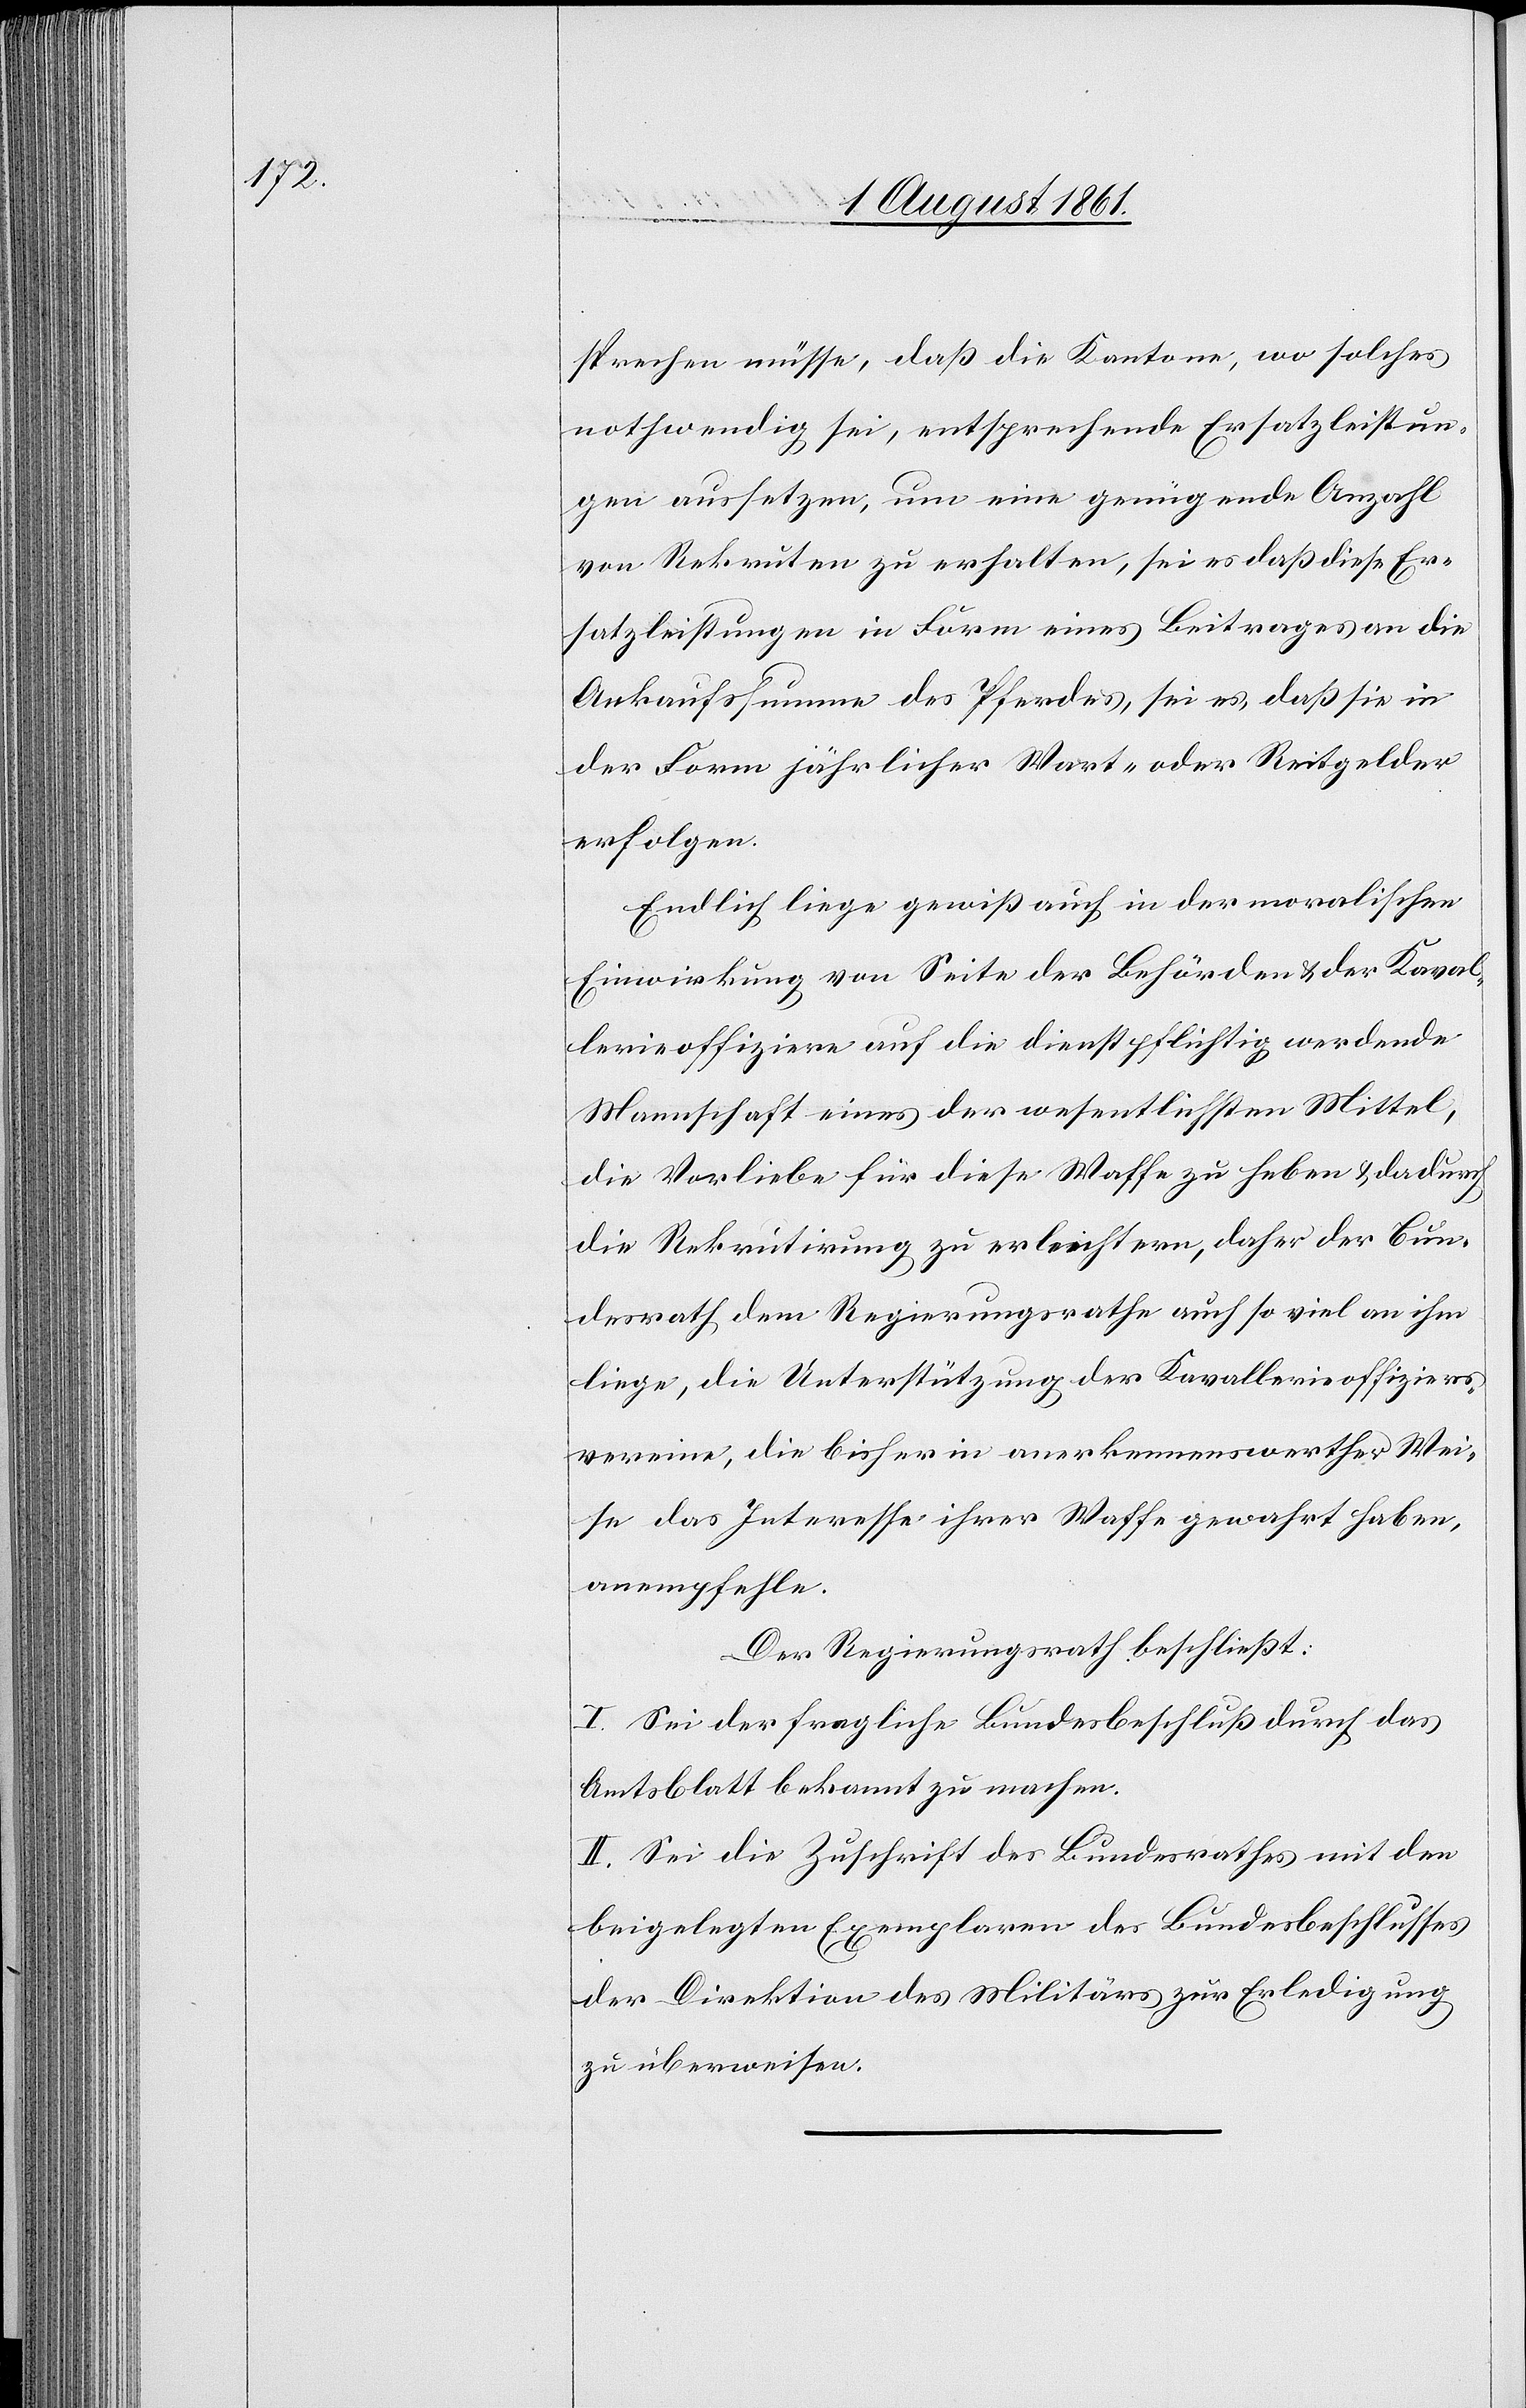
sprechen müsse, daß die Kantone, wo solches
nothwendig sei, entsprechende Ersatzleistun¬
gen aussetzen, um eine genügende Anzahl
von Rekruten zu erhalten, sei es daß diese Er¬
satzleistungen in Form eines Beitrages an die
Ankaufssumme des Pferdes, sei es, daß sie in
der Form jährlicher Wort- oder Reitgelder
erfolgen.
Endlich liege gewiß auch in der moralischen
Einwirkung von Seite der Behörden u. der Kaval¬
lerieoffiziere auf die dienstpflichtig werdende
Mannschaft eines der wesentlichsten Mittel,
die Vorliebe für diese Waffe zu heben u. dadurch
die Rekrutirung zu erleichtern, daher der Bun¬
desrath dem Regierungsrathe auch so viel an ihm
liege, die Unterstützung der Kavallerieoffiziers
vereine, die bisher in anerkennenswerther Wei¬
se das Interesse ihrer Waffe gewahrt haben,
anempfehle.
Der Regierungsrath beschließt:
I. Sei der fragliche Bundesbeschluß durch das
Amtsblatt bekannt zu machen.
II. Sei die Zuschrift des Bundesrathes mit den
beigelegten Exemplaren des Bundesbeschlusses
der Direktion des Militärs zur Erledigung
zu überweisen.